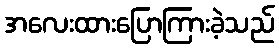
အလေးထားပြောကြားခဲ့သည်